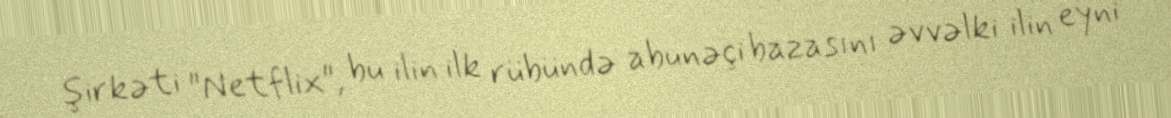
şirkəti "Netflix", bu ilin ilk rübündə abunəçi bazasını əvvəlki ilin eyni